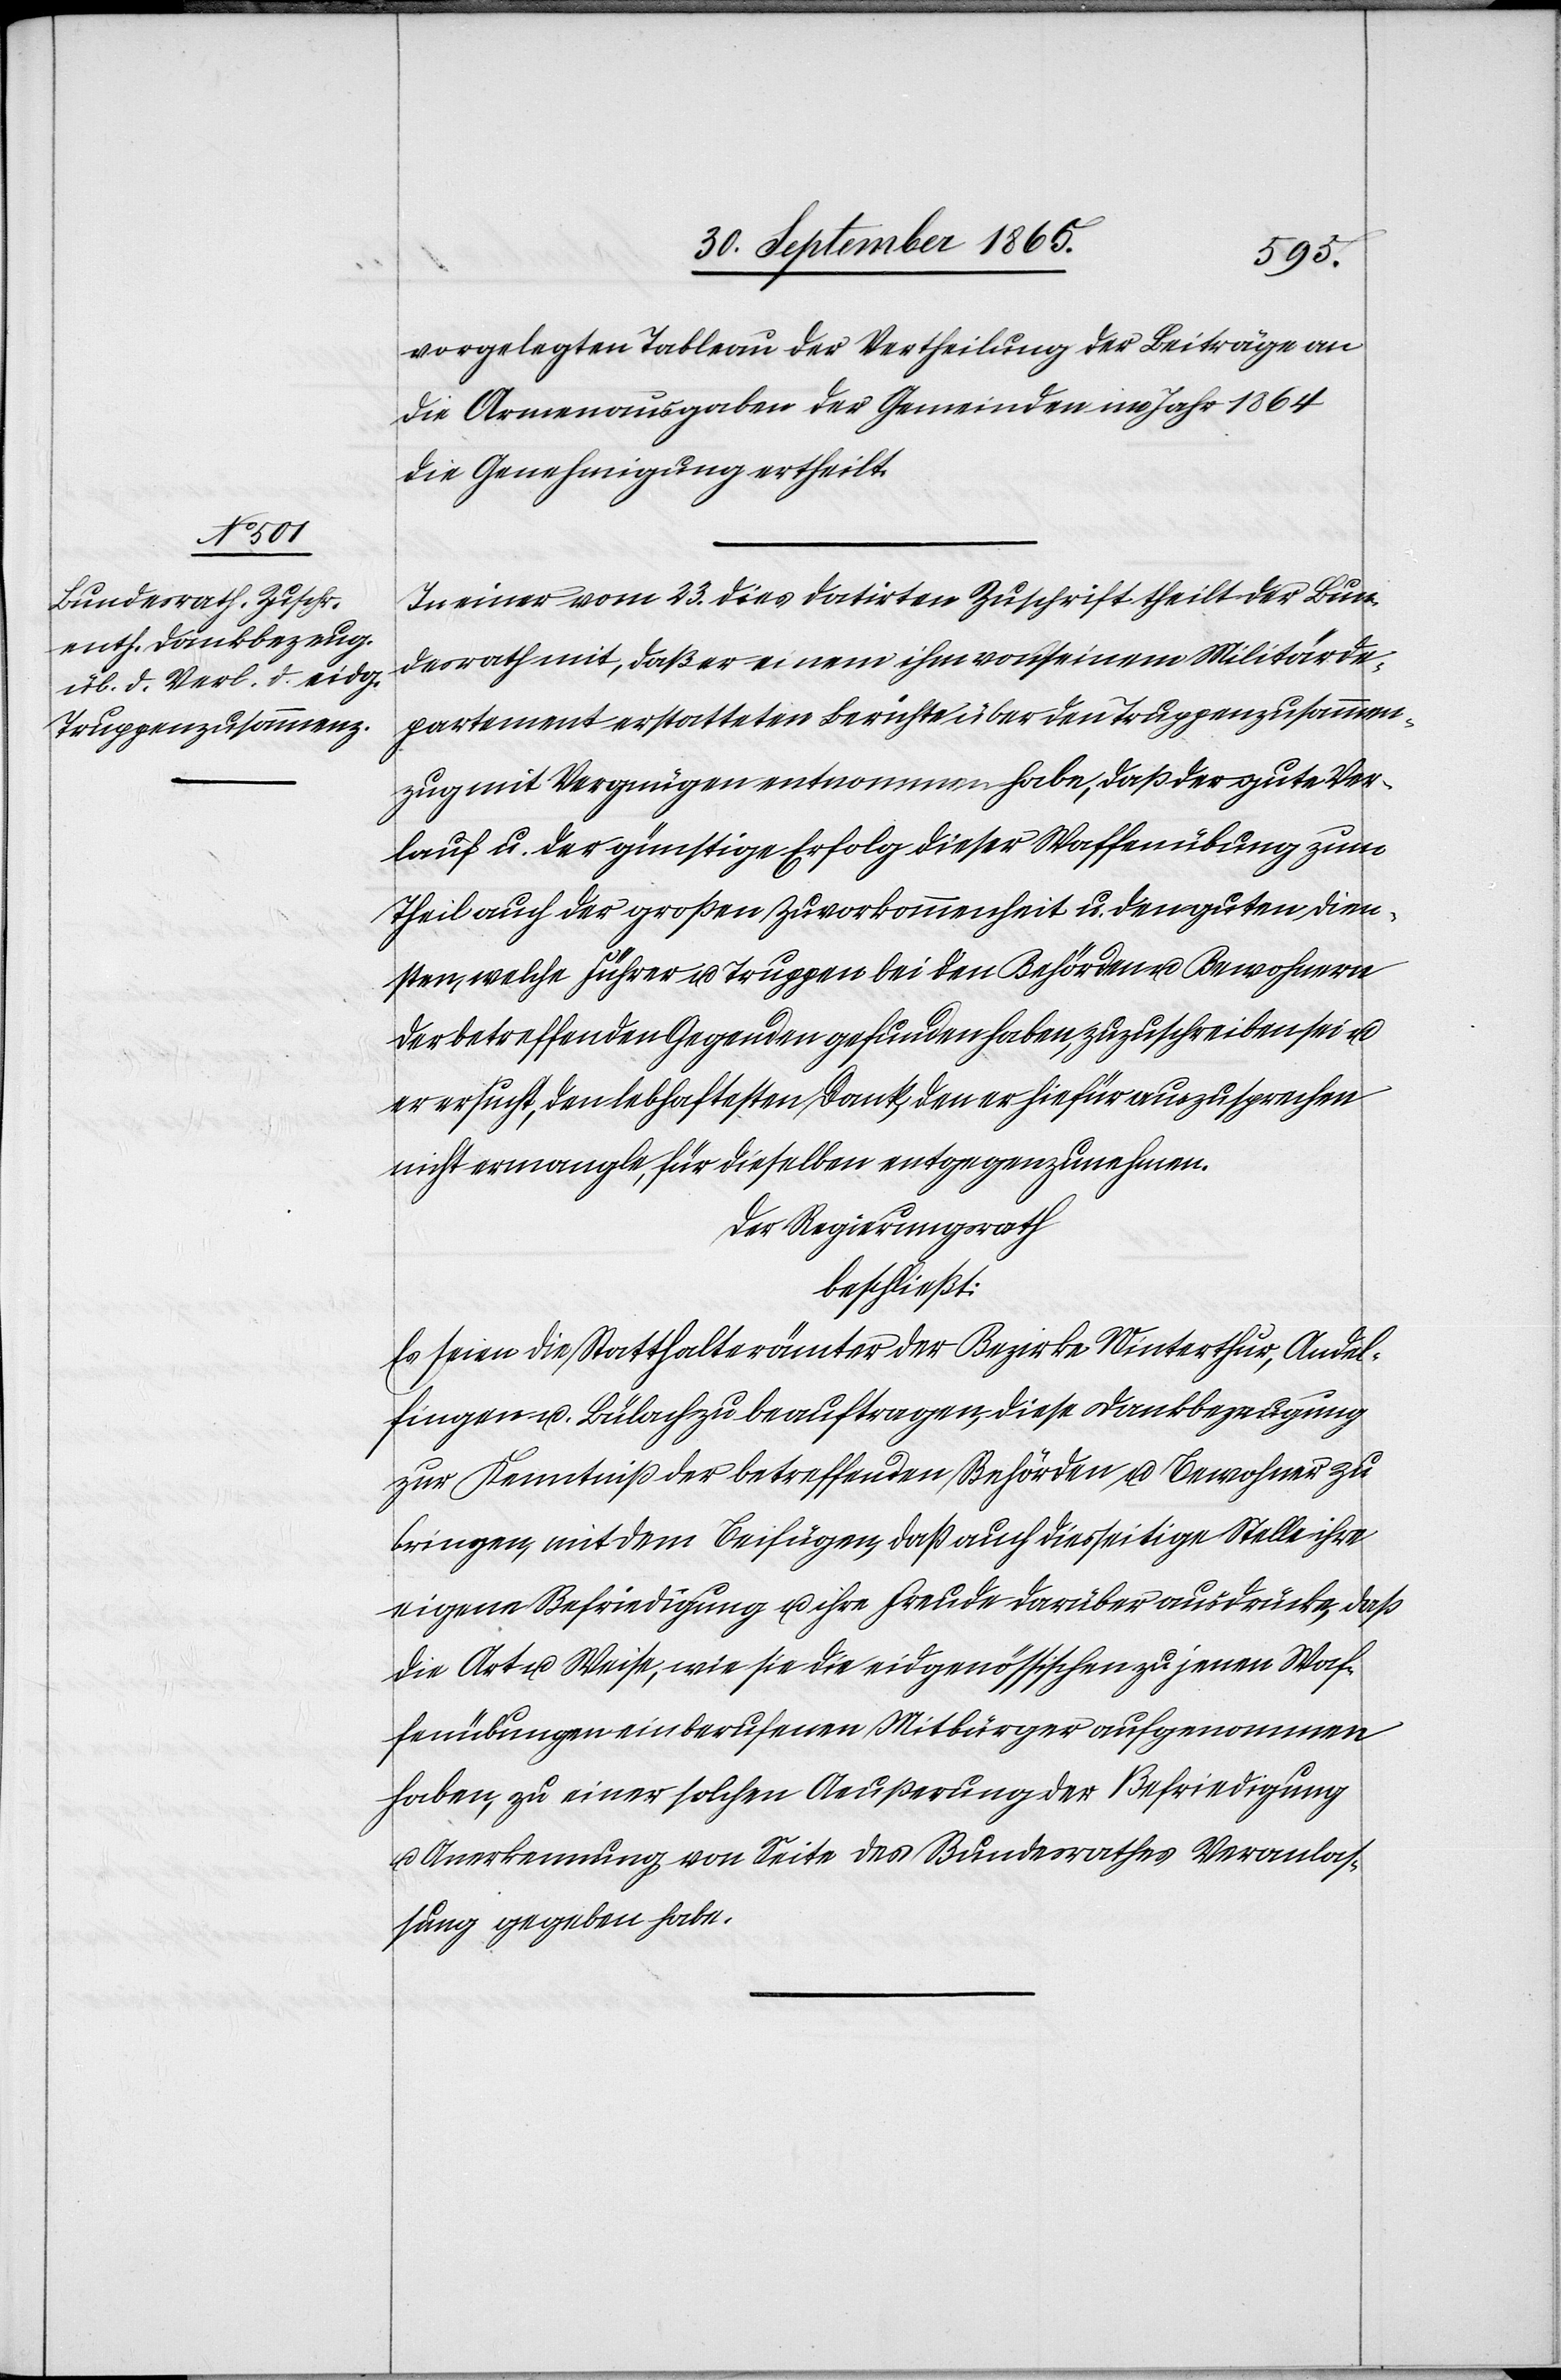
vorgelegten Tableau der Vertheilung der Beiträge an
die Armenausgaben der Gemeinden im Jahr 1864
die Genehmigung ertheilt.
In einer vom 23. dies datirten Zuschrift theilt der Bun¬
desrath mit, daß er einem ihm von seinem Militärde¬
partement erstatteten Berichte über den Truppenzusammen¬
zug mit Vergnügen entnommen habe, daß der gute Ver¬
lauf u. der günstige Erfolg dieser Waffenübung zum
Theil nach der großen Zuvorkommenheit u. den guten Dien¬
sten, welche Führer u. Truppen bei den Behörden u. Bewohnern
der betreffenden Gegenden gefunden haben, zuzuschreiben sei u.
er ersucht, den lebhaftesten Dank, den er hiefür auszusprechen
nicht ermangle, für dieselben entgegenzunehmen.
Der Regierungsrath
beschließt:
Es seien die Statthalterämter der Bezirke Winterthur, Andel¬
fingen u. Bülach zu beauftragen, diese Dankbezeugung
zur Kenntniß der betreffenden Behörden u. Bewohner zu
bringen, mit dem Beifügen, daß auch diesseitige Stelle ihre
eigene Befriedigung u. ihre Freude darüber ausdrücke, daß
die Art u. Weise, wie sie die eidgenössischen zu jenen Waf¬
fenübungen einberufenen Mitbürger aufgenommen
haben, zu einer solchen Aeußerung der Befriedigung
u. Anerkennung von Seite des Bundesrathes Veranlas¬
sung gegeben habe.